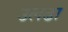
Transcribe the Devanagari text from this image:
उलढा